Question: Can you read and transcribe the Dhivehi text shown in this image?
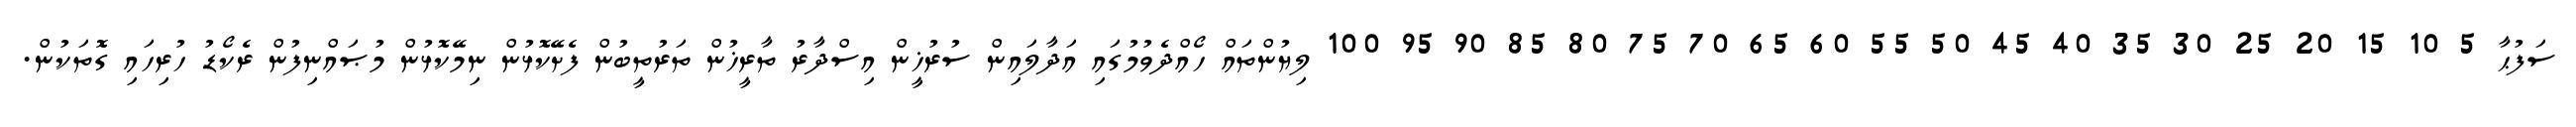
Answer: ސަފުޙާ 5 10 15 20 25 30 35 40 45 50 55 60 65 70 75 80 85 90 95 100 ލިޔުންތައް ހޯއްދެވުމުގައި އަދާލައިން ސުރުޚީން އިސްދާރު ތާރީޚުން ތަރުތީބުން ފެށޭކޮޅުން ނިމޭކޮޅުން މުޞައްނިފުން ރެކޯޑު ހުރިހައި ގޮތަކުން.